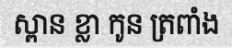
ស្ពាន ខ្លា កូន ត្រពាំង